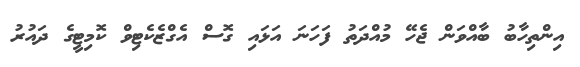
އިންތިހާބު ބާއްވަން ޖެހޭ މުއްދަތު ފަހަނަ އަޅައި ގޮސް އެގްޒެކެޓިވް ކޮމިޓީގެ ދައުރު